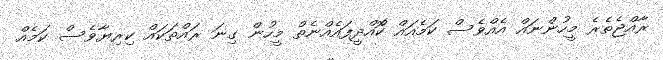
ރާއްޖެތެރެ މީހުންނައް އެއްވެސް ކަމެއައް ކޮެްއްދީފައެއްނެތް މީހުން ގިނަ ރައްތަކައް ކިރިޔާވެސް ކަމެއް